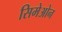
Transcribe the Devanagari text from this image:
सिमेओन